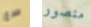
صرع منصور